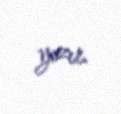
yazır.